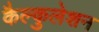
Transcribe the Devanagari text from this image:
कैल्कुलेशन